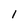
Character: l